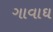
ગાવાઘ